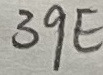
Text: 39E